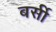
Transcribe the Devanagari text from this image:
बर्सी